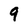
Character: 9